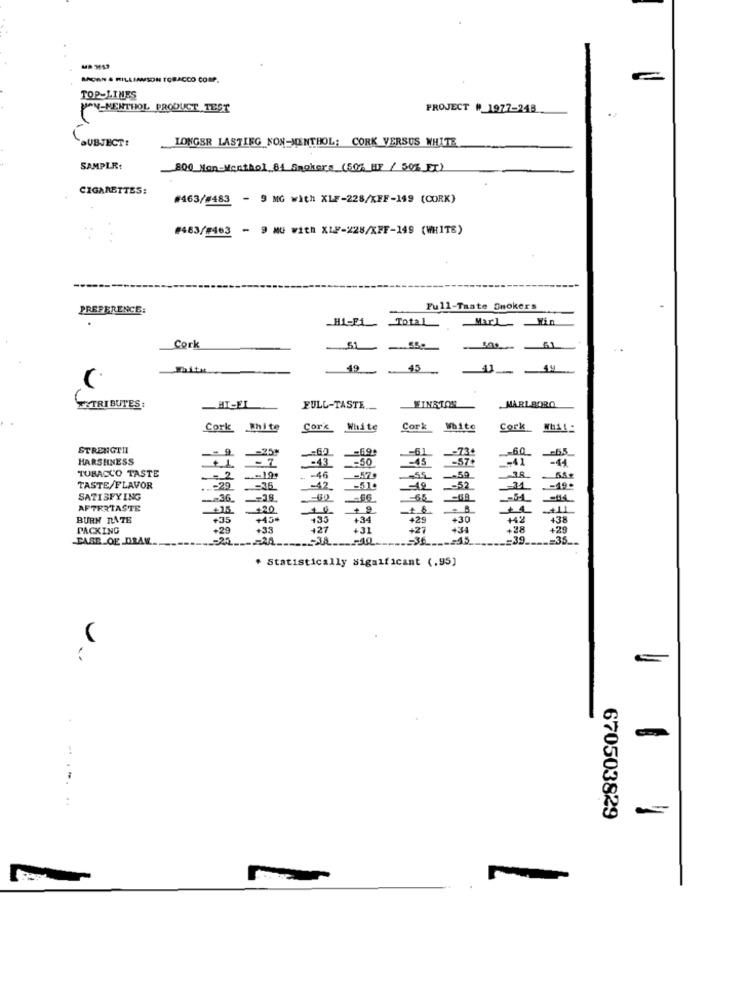
BROWN & RILLIAMSON TOBACCO COMP.
TOP-LINES
N-MENTHOL PRODUCT TEST
PROJECT #_1977-248
SUBJECT:
LONGER LASTIEG NON-MENTHOL: CORK VERSUS WHITE
SAMPLR:
800 Mon-Menthol 84 Smokers (50% HF / 50% ET)
CIGARETTES:
#463/#483 - 9 MG with XLF-228/KFF-149 (CORK)
#483/1463 - 9 MO with XLP-228/XFF-149 (WHITE)
. .
PREFERENCE:
Full-Taste Smokers
H1-P1
Total
Win
Cork
49
45
TRIBUTES:
HI-EL
FULL-TASTE.
WINSTON
MARLBORO
Cork White
Cor'x White
Cork White
Cork_ Wu11:
STRENGTH
--
-= 60
-69
-6
-60-
HARSHNESS
-7
_- 50
-15
-57.
-41
-44
TOBACCO TASTE
-46
-59
38
2
-52
TASTE/FLAVOR
.- 29
=36
-42
-- 19.
SATISFYING
-36.
-- 38
-65
-5-1
AFTERTASTE
+35
+ 9
BURN RATE
+35
+33
+34
429
+30
138
PACKING
+29
+33
+27
+31
+27
+34
+28
CASE OF DRAW ...
-= 39 ____= 35 ...
. Statistically significant (.95)
:
670503829